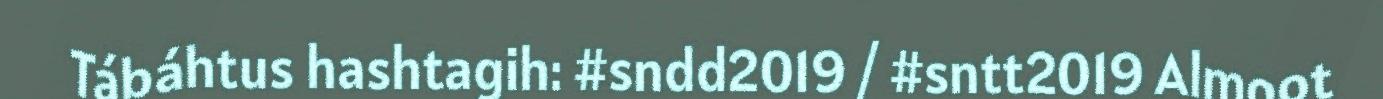
Tábáhtus hashtagih: #sndd2019 / #sntt2019 Almoot